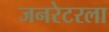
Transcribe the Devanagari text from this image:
जनरेटरला